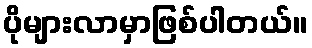
ပိုများလာမှာဖြစ်ပါတယ်။